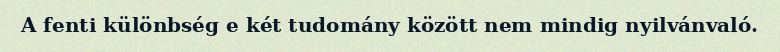
A fenti különbség e két tudomány között nem mindig nyilvánvaló.